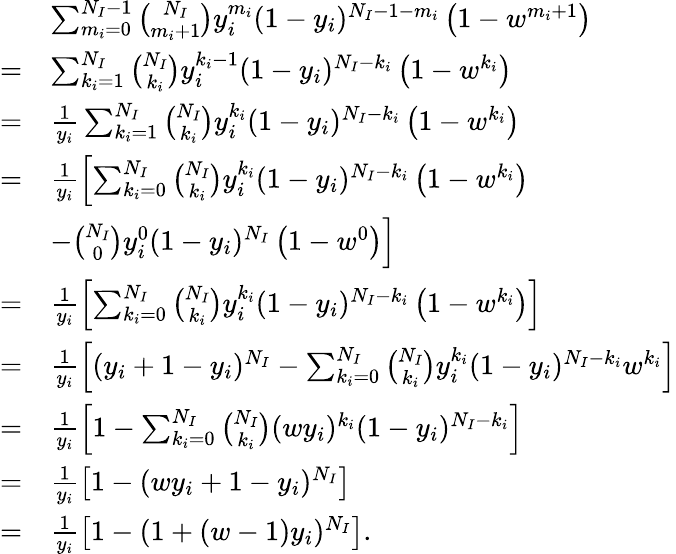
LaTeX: \begin{array}{rl}&{\sum_{m_{i}=0}^{N_{I}-1}\binom{N_{I}}{m_{i}+1}y_{i}^{m_{i}}(1-y_{i})^{N_{I}-1-m_{i}}\left(1-w^{m_{i}+1}\right)}\\ {=}&{\sum_{k_{i}=1}^{N_{I}}\binom{N_{I}}{k_{i}}y_{i}^{k_{i}-1}(1-y_{i})^{N_{I}-k_{i}}\left(1-w^{k_{i}}\right)}\\ {=}&{\frac{1}{y_{i}}\sum_{k_{i}=1}^{N_{I}}\binom{N_{I}}{k_{i}}y_{i}^{k_{i}}(1-y_{i})^{N_{I}-k_{i}}\left(1-w^{k_{i}}\right)}\\ {=}&{\frac{1}{y_{i}}\left[\sum_{k_{i}=0}^{N_{I}}\binom{N_{I}}{k_{i}}y_{i}^{k_{i}}(1-y_{i})^{N_{I}-k_{i}}\left(1-w^{k_{i}}\right)\right.}\\ &{\left.-\binom{N_{I}}{0}y_{i}^{0}(1-y_{i})^{N_{I}}\left(1-w^{0}\right)\right]}\\ {=}&{\frac{1}{y_{i}}\left[\sum_{k_{i}=0}^{N_{I}}\binom{N_{I}}{k_{i}}y_{i}^{k_{i}}(1-y_{i})^{N_{I}-k_{i}}\left(1-w^{k_{i}}\right)\right]}\\ {=}&{\frac{1}{y_{i}}\left[(y_{i}+1-y_{i})^{N_{I}}-\sum_{k_{i}=0}^{N_{I}}\binom{N_{I}}{k_{i}}y_{i}^{k_{i}}(1-y_{i})^{N_{I}-k_{i}}w^{k_{i}}\right]}\\ {=}&{\frac{1}{y_{i}}\left[1-\sum_{k_{i}=0}^{N_{I}}\binom{N_{I}}{k_{i}}(wy_{i})^{k_{i}}(1-y_{i})^{N_{I}-k_{i}}\right]}\\ {=}&{\frac{1}{y_{i}}\left[1-(wy_{i}+1-y_{i})^{N_{I}}\right]}\\ {=}&{\frac{1}{y_{i}}\left[1-(1+(w-1)y_{i})^{N_{I}}\right].}\end{array}